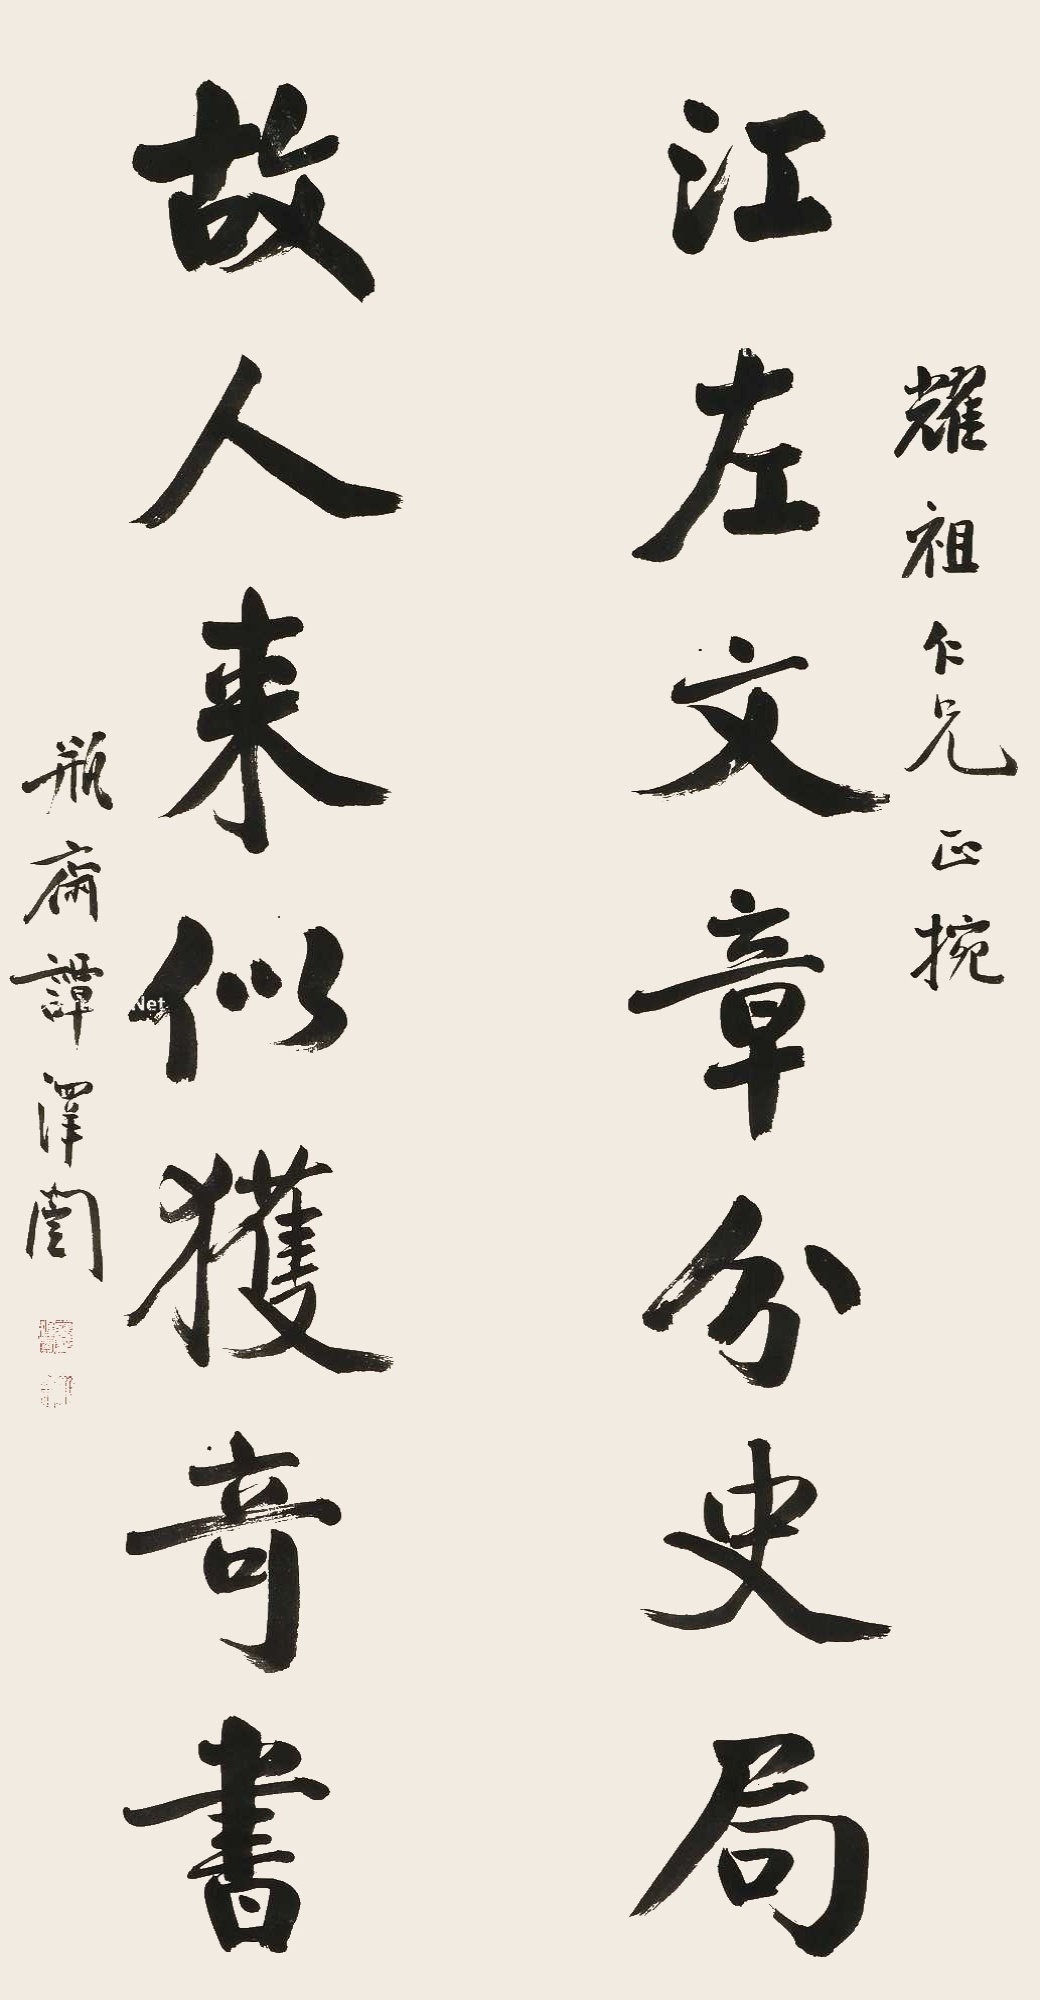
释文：江左文章分史局，故人来似获奇书。耀祖仁兄正腕，瓶斋谭泽闿。